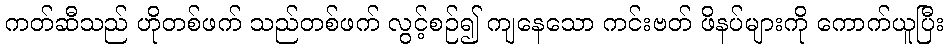
ကတ်ဆီသည် ဟိုတစ်ဖက် သည်တစ်ဖက် လွင့်စဉ်၍ ကျနေသော ကင်းဗတ် ဖိနပ်များကို ကောက်ယူပြီး